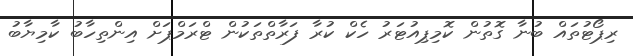
ރިޕޯޓުތައް ބުނާ ގޮތުން ކޮމިޕިއުޓަރު ހެކް ކުރާ ފަރާތްތަކުން ޓްރަމްޕަށް އިންތިހާބު ކާމިޔާބު